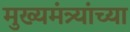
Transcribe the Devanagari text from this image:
मुख्यमंत्र्यांच्‍या